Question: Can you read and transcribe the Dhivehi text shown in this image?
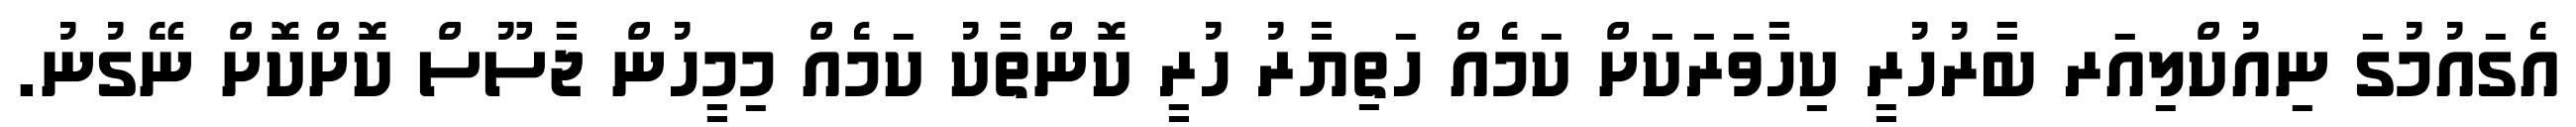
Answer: އެގައުމުގަ ނިއުކްލިއަރ ބާރުހުރީ ކިހާވަރަކަށް ކަމެއް ހަތިޔާރު ހުރީ ކޮންތާކު ކަމެއް މިމީހުން ޖާސޫސް ކޮށްކޮށް ނޭގުނު.